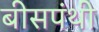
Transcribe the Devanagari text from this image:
बीसपंथी